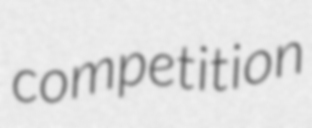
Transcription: competition